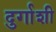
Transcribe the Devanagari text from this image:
दुर्गाशी